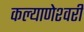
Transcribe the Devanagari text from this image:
कल्‍याणेश्‍वरी